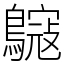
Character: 䳹